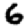
Digit: 6